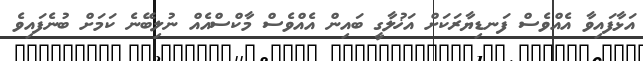
އަޅާފައިވާ އެއްވެސް ފަނޑިޔާރަކަށް އަޚުލާގީ ބައިން އެއްވެސް މާކްސްއެއް ނުލިބޭނެ ކަމަށް ބުނެފައިވެ